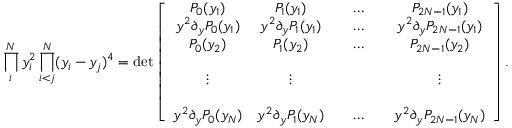
\prod _ { i } ^ { N } y _ { i } ^ { 2 } \prod _ { i < j } ^ { N } ( y _ { i } - y _ { j } ) ^ { 4 } = \operatorname * { d e t } \left[ \begin{array} { c c c c c c } { { P _ { 0 } ( y _ { 1 } ) } } & { { P _ { 1 } ( y _ { 1 } ) } } & { { } } & { { \ldots } } & { { } } & { { P _ { 2 N - 1 } ( y _ { 1 } ) } } \\ { { y ^ { 2 } \partial _ { y } P _ { 0 } ( y _ { 1 } ) } } & { { y ^ { 2 } \partial _ { y } P _ { 1 } ( y _ { 1 } ) } } & { { } } & { { \ldots } } & { { } } & { { y ^ { 2 } \partial _ { y } P _ { 2 N - 1 } ( y _ { 1 } ) } } \\ { { P _ { 0 } ( y _ { 2 } ) } } & { { P _ { 1 } ( y _ { 2 } ) } } & { { } } & { { \ldots } } & { { } } & { { P _ { 2 N - 1 } ( y _ { 2 } ) } } \\ { { } } & { { } } & { { } } & { { } } & { { } } & { { } } \\ { { \vdots } } & { { \vdots } } & { { } } & { { } } & { { } } & { { \vdots } } \\ { { } } & { { } } & { { } } & { { } } & { { } } & { { } } \\ { { y ^ { 2 } \partial _ { y } P _ { 0 } ( y _ { N } ) } } & { { y ^ { 2 } \partial _ { y } P _ { 1 } ( y _ { N } ) } } & { { } } & { { \ldots } } & { { } } & { { y ^ { 2 } \partial _ { y } P _ { 2 N - 1 } ( y _ { N } ) } } \end{array} \right] .